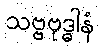
သဗ္ဗဗုဒ္ဓါနံ